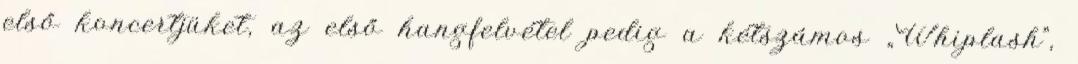
első koncertjüket, az első hangfelvétel pedig a kétszámos „Whiplash”,